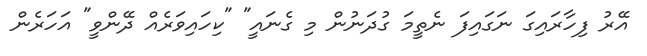
އޭރު ފިހާރައިގަ ނަގައިފަ ނެތީމަ ގުދަނުން މި ގެނައީ" "ކިހައިވަރެއް ދޭންވީ" އަހަރެން